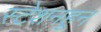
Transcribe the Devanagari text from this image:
स्टेशनहून